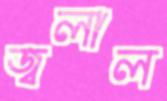
জ্বলাল